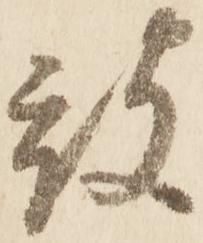
被